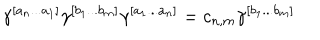
\gamma ^ { [ a _ { n } . . . a _ { 1 } ] } \gamma ^ { [ b _ { 1 } . . . b _ { m } ] } \gamma ^ { [ a _ { 1 } . . . a _ { n } ] } = c _ { n , m } \gamma ^ { [ b _ { 1 } . . . b _ { m } ] }